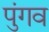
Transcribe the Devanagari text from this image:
पुंगव